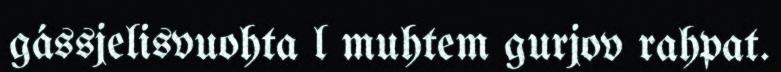
gássjelisvuohta l muhtem gurjov rahpat.